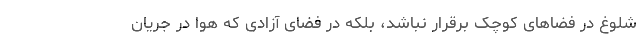
شلوغ در فضاهای کوچک برقرار نباشد، بلکه در فضای آزادی که هوا در جریان